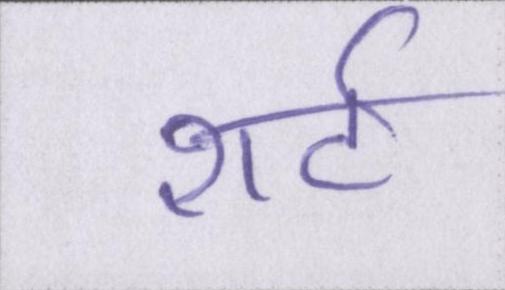
शर्ट